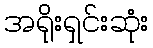
အရိုးရှင်းဆုံး